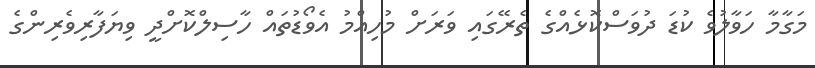
މަގާމާ ހަވާލުވެ ކުޑަ ދުވަސްކޮޅެއްގެ ތެރޭގައި ވަރަށް މުހިއްމު އެވޯޑުތައް ހާސިލްކޮށްދީ ވިޔަފާރިވެރިންގެ